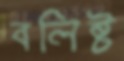
বলিষ্ট